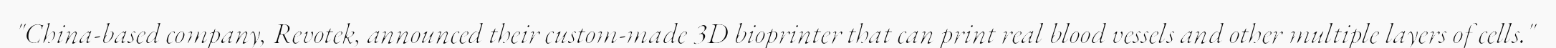
"China-based company, Revotek, announced their custom-made 3D bioprinter that can print real blood vessels and other multiple layers of cells."